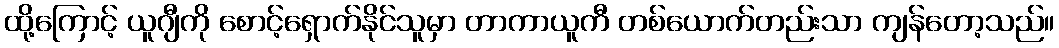
ထို့ကြောင့် ယူဂျီကို စောင့်ရှောက်နိုင်သူမှာ တာကာယူကီ တစ်ယောက်တည်းသာ ကျန်တော့သည်။